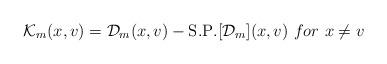
LaTeX: \begin{align*}\mathcal{K}_{m}(x,v)=\mathcal{D}_{m}(x,v)-\mathrm{S. P.}[\mathcal{D}_{m}](x,v)\,\,for \,\,x\neq v\end{align*}